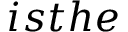
i s t h e